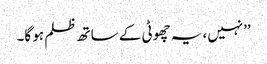
’’نہیں، یہ چھوٹی کے ساتھ ظلم ہو گا۔